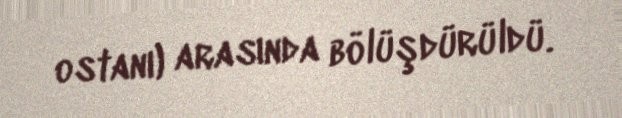
ostanı) arasında bölüşdürüldü.